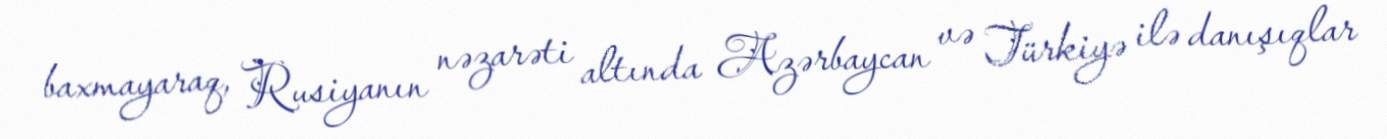
baxmayaraq, Rusiyanın nəzarəti altında Azərbaycan və Türkiyə ilə danışıqlar